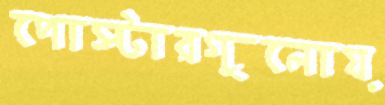
পোস্টারগুলোয়